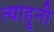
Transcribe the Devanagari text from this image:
त्याहुनी